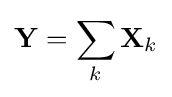
\mathbf {Y} =\sum _{k}\mathbf {X} _{k}